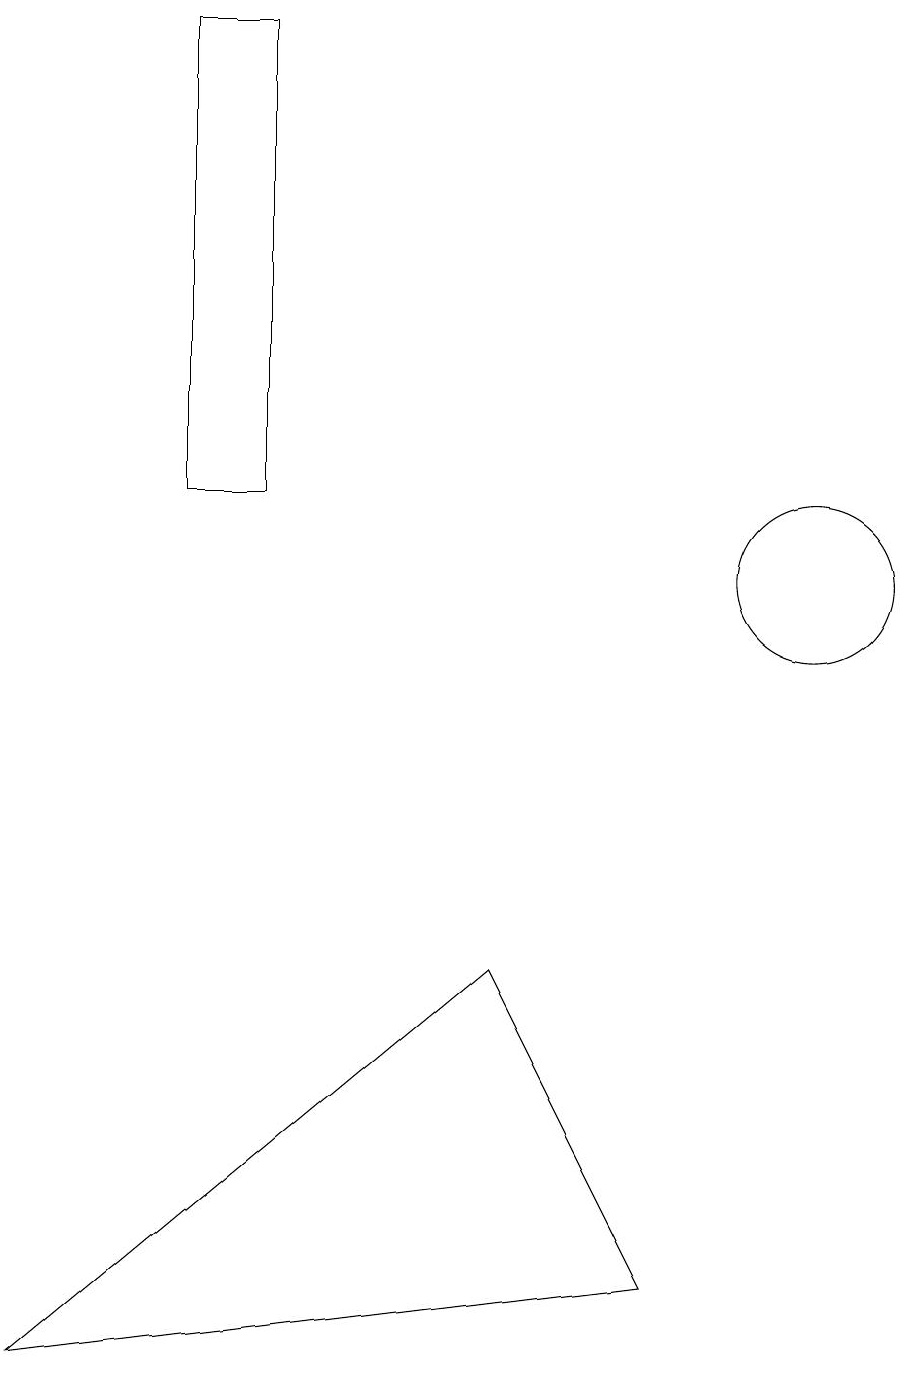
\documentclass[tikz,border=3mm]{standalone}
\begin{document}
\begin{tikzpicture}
\draw (2,17) rectangle (3,11);
\draw (11,11) circle (0);
\draw (7,14) rectangle (7,14);
\draw (10,10) circle (1);
\draw (8,1) -- (0,0) -- (6,5) -- cycle;
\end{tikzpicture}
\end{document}